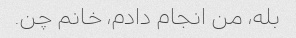
بله، من انجام دادم، خانم چن.